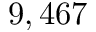
9 , 4 6 7